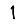
Digit: 1